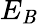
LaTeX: E_{\mathit{B}}